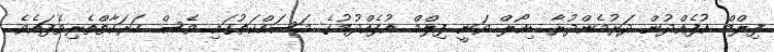
ފިލްމް އުފެއްދުން ދަރުމެންދުރާ ޑިއޯލް ވަނީ ފިލްމް އުފެއްދުމުގެ މަސައްކަތުގައި ވެސް ހަރަކާތްތެރިވެފައެވެ.